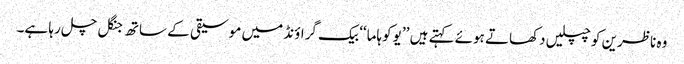
وہ ناظرین کو چپلیں دکھاتے ہوئے کہتے ہیں ’’ یوکوہاما‘‘ بیک گراؤنڈ میں موسیقی کے ساتھ جنگل چل رہا ہے۔